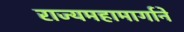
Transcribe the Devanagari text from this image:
राज्यमहामार्गाने